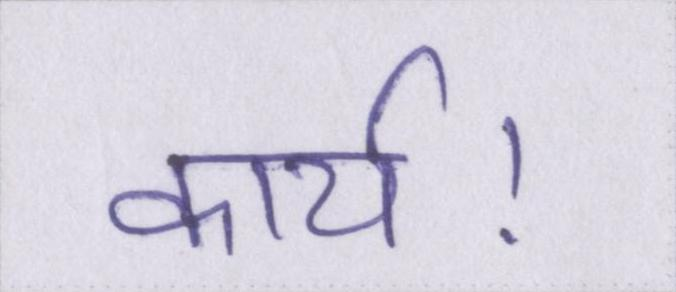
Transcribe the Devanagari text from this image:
कार्य।